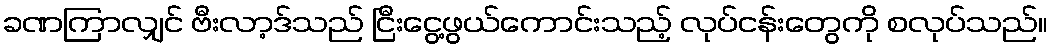
ခဏကြာလျှင် ဗီးလာ့ဒ်သည် ငြီးငွေ့ဖွယ်ကောင်းသည့် လုပ်ငန်းတွေကို စလုပ်သည်။